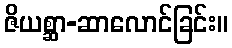
ဇိယစ္ဆာ-ဆာလောင်ခြင်း။